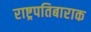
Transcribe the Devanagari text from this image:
राष्ट्रपतिबाराक